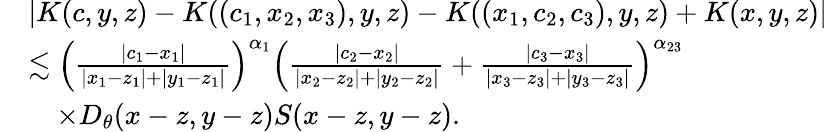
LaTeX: \begin{array}{rl}&{|K(c,y,z)-K((c_{1},x_{2},x_{3}),y,z)-K((x_{1},c_{2},c_{3}),y,z)+K(x,y,z)|}\\ &{\lesssim\Big(\frac{|c_{1}-x_{1}|}{|x_{1}-z_{1}|+|y_{1}-z_{1}|}\Big)^{\alpha_{1}}\Big(\frac{|c_{2}-x_{2}|}{|x_{2}-z_{2}|+|y_{2}-z_{2}|}+\frac{|c_{3}-x_{3}|}{|x_{3}-z_{3}|+|y_{3}-z_{3}|}\Big)^{\alpha_{23}}}\\ &{\quad\times D_{\theta}(x-z,y-z)S(x-z,y-z).}\end{array}